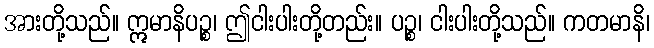
အားတို့သည်။ ဣမာနိပဉ္စ၊ ဤငါးပါးတို့တည်း။ ပဉ္စ၊ ငါးပါးတို့သည်။ ကတမာနိ၊